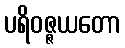
ပရိဝဇ္ဇယတော